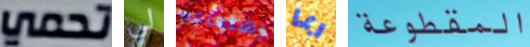
تحمي لي إهتمامه ربما المقطوعة